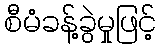
စီမံခန့်ခွဲမှုဖြင့်